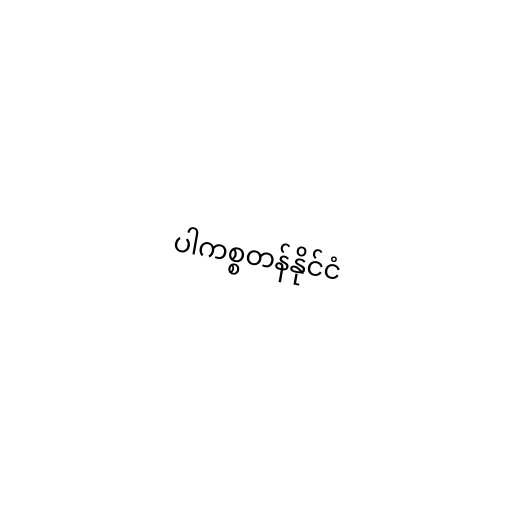
ပါကစ္စတန်နိုင်ငံ